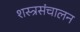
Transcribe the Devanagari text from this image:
शस्त्रसंचालन